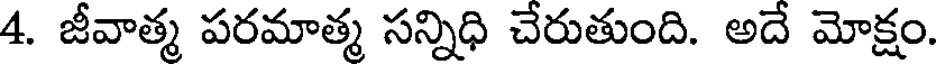
4. జీవాత్మ పరమాత్మ సన్నిధి చేరుతుంది. అదే మోక్షం.